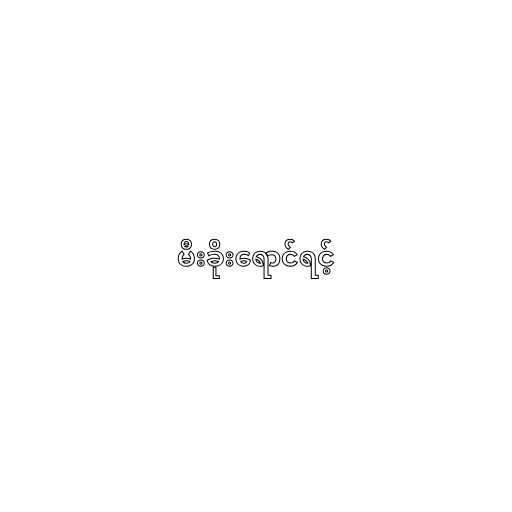
မီးခိုးရောင်ရင့်